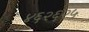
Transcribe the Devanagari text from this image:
४६२६२५